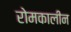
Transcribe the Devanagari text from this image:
रोमकालीन